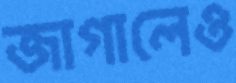
জাগালেও